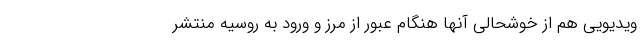
ویدیویی هم از خوشحالی آنها هنگام عبور از مرز و ورود به روسیه منتشر